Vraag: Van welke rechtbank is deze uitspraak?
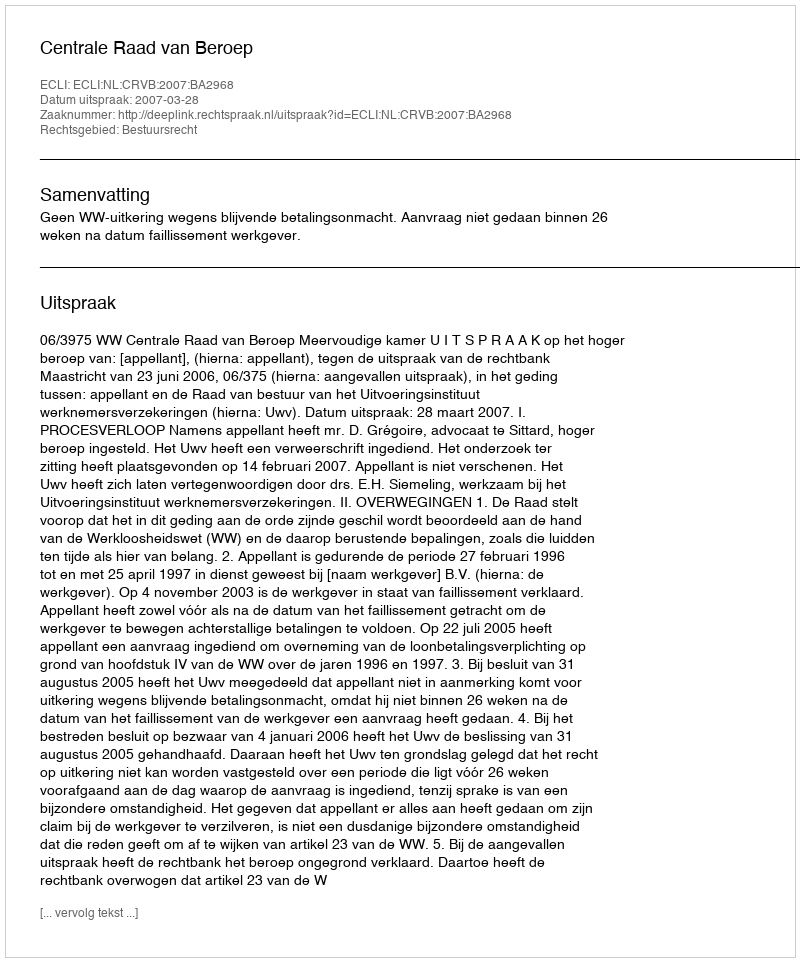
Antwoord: Centrale Raad van Beroep